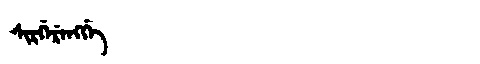
Manchu: ᠰᡳᡵᡤᡝᡵᡝᠩᡤᡝ
Romanization: SIRGERENGGE